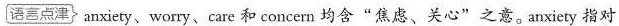
语言点津 anxiety、worry、care 和 concern 均含"焦虑、关心"之意。anxiety 指对